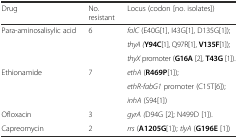
<table><thead><tr><td><b>Drug</b></td><td><b>No. resistant</b></td><td><b>Locus (codon [no. isolates])</b></td></tr></thead><tbody><tr><td rowspan="3">Para-aminosalisylic acid</td><td rowspan="3">6</td><td><i>folC</i> (E40G[1], I43G[1], D135G[1]);</td></tr><tr><td><i>thyA (</i><b>Y94C</b>[1], Q97R[1], <b>V135F</b>[1]);</td></tr><tr><td><i>thyX</i> promoter (<b>G16A</b> [2], <b>T43G</b> [1]).</td></tr><tr><td rowspan="3">Ethionamide</td><td rowspan="3">7</td><td><i>ethA</i> (<b>R469P</b>[1]);</td></tr><tr><td><i>ethR-fabG1</i> promoter (C15T[6]);</td></tr><tr><td><i>inhA</i> (S94[1])</td></tr><tr><td>Ofloxacin</td><td>3</td><td><i>gyrA (</i>D94G [2]; N499D [1]).</td></tr><tr><td>Capreomycin</td><td>2</td><td><i>rrs</i> (<b>A1205G</b>[1]); <i>tlyA</i> (<b>G196E</b> [1])</td></tr></tbody></table>